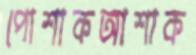
পোশাকআশাক